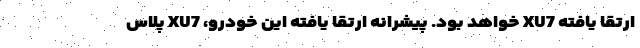
ارتقا یافته XU7 خواهد بود. پیشرانه ارتقا یافته این خودرو، XU7 پلاس